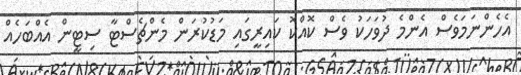
އެހެންނަމަވެސް އެންމެ ދުވަހަކު ވެސް ކޮއްކޮ ކައިރީގައި މަޑުކުރަން މެންޗެސްޓާ ސިޓީން އެއްބަހެއް